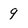
Character: 9